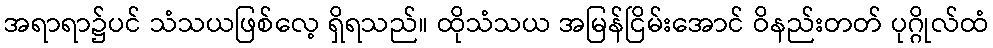
အရာရာ၌ပင် သံသယဖြစ်လေ့ ရှိရသည်။ ထိုသံသယ အမြန်ငြိမ်းအောင် ဝိနည်းတတ် ပုဂ္ဂိုလ်ထံ